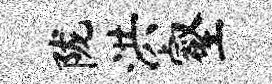
陇洪壑